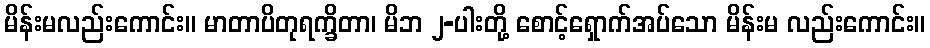
မိန်းမလည်းကောင်း။ မာတာပိတုရက္ခိတာ၊ မိဘ ၂-ပါးတို့ စောင့်ရှောက်အပ်သော မိန်းမ လည်းကောင်း။